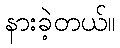
နားခဲ့တယ်။